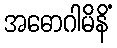
အဓောဂါမိနိံ